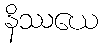
နိဿယေ